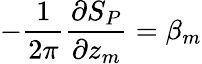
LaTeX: -\frac{1}{2\pi}\frac{\partial S_{P}}{\partial z_{m}}=\beta_{m}